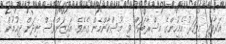
އަރާފައި މިފަހަރު އެމީހުންގެ މިސްރާބަކަށް ވީ މުސްކާންމެން ގެއެވެ. އައިޒަންވެސް ނިދަން ދިއުމުން